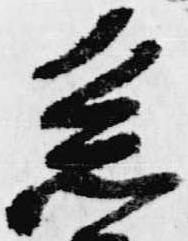
系